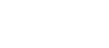
ဖြစ်ပါတယ်။